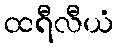
ထရီလီယံ